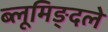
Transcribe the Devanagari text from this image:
ब्लूमिङ्दले